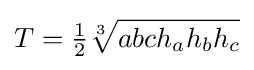
T={\tfrac {1}{2}}{\sqrt[{3}]{abch_{a}h_{b}h_{c}}}